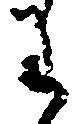
わ